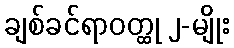
ချစ်ခင်ရာဝတ္ထု ၂-မျိုး